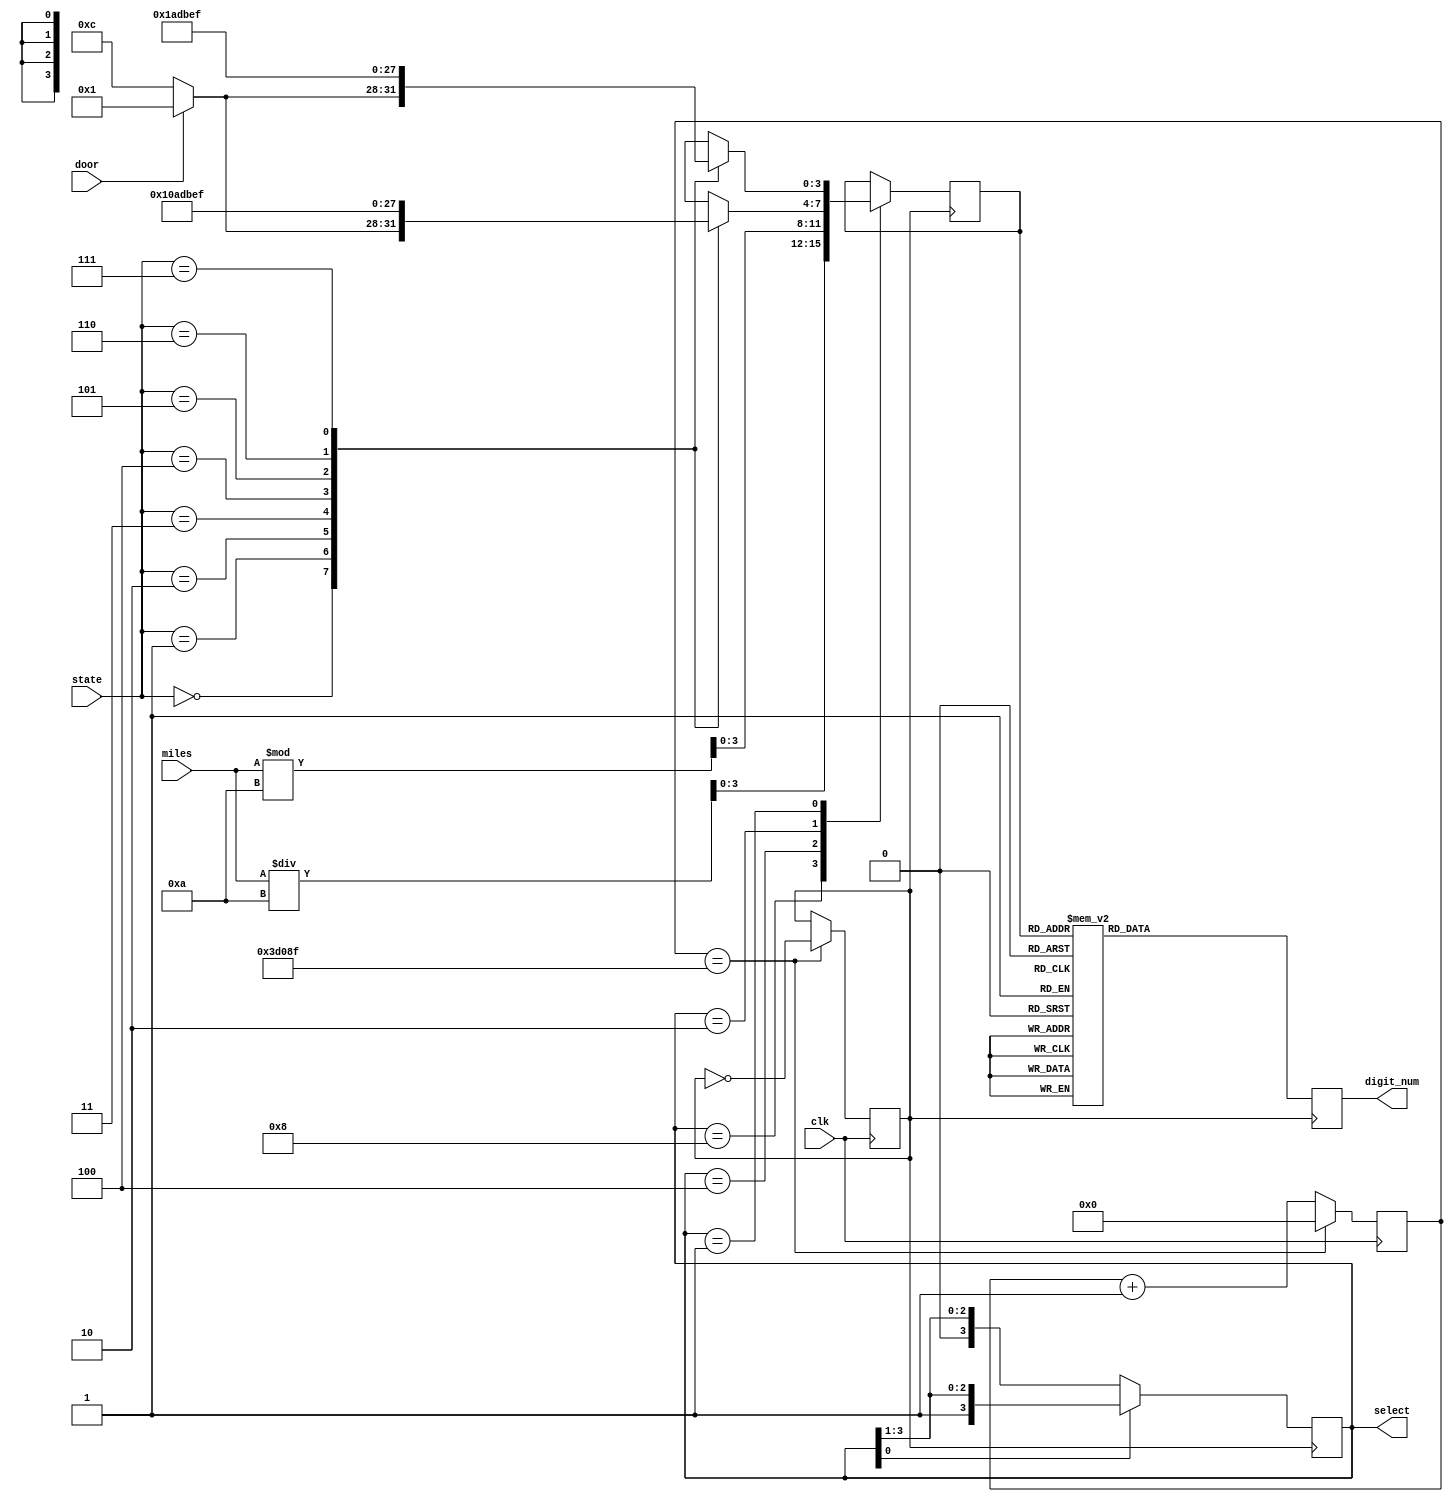
`timescale 1ns / 1ps
//////////////////////////////////////////////////////////////////////////////////
// Company: 
// Engineer: 
// 
// Design Name: 
// Module Name: counter
// Project Name: 
// Target Devices: 
// Tool Versions: 
// Description: 
// 
// Dependencies: 
// 
// Revision:
// Revision 0.01 - File Created
// Additional Comments:
// 
//////////////////////////////////////////////////////////////////////////////////


module counter(
    input [3:0] miles, /**/
    input [2:0] state,
    input door,
    input clk,
    output reg [3:0] select, /*  */
    output reg [7:0] digit_num
    );
    reg [24:0] times;
    reg clk_div;
    reg [3:0] num;
initial begin
times <= 'd0;
select <= 'b1000;
clk_div <= 'b0;
num <= 'b0000;
digit_num <= 'b01111110;
end

always @(posedge clk) begin
    if (times == 'd249999) begin 
        clk_div = !clk_div;
        times <= 0;
    end
    else begin
        times <= times + 1;
    end
end

always @(posedge clk_div) begin
    if (select[0] == 'b1) begin
        select <= {select[0], select[3:1]};
    end
    else begin
        select <= select >> 1'b1; 
    end
end

always @(posedge clk_div) begin
    case (select)
        'b1000: num <= miles / 'd10;
        'b0100: num <= miles % 'd10;
        'b0010: begin
            case (state)
                'b000: begin 
                    if (door == 'b1) num <= 'b0001; 
                    else num <= 'b1100;
                end /**/
                'b001: begin num <= 'b0001; end /**/
                'b010: begin num <= 'b0000; end /**/
                'b011: begin num <= 'b1010; end /**/
                
                'b100: begin num <= 'b1101; end /**/
                'b101: begin num <= 'b1011; end /**/
                'b110: begin num <= 'b1110; end /**/
                'b111: begin num <= 'b1111; end /**/    
            endcase
        end
        'b0001:begin
            case (state)
                'b000: begin 
                    if (door == 'b1) num <= 'b0001; 
                    else num <= 'b1100;
                end /**/
                'b001: begin num <= 'b0000; end /**/
                'b010: begin num <= 'b0001; end /**/
                'b011: begin num <= 'b1010; end /**/
                
                'b100: begin num <= 'b1101; end /**/
                'b101: begin num <= 'b1011; end /**/
                'b110: begin num <= 'b1110; end /**/
                'b111: begin num <= 'b1111; end /**/    
            endcase
         end
    endcase
    case (num)
        'b0000: digit_num <= 'b01111110;
        'b0001: digit_num <= 'b00001100;
        'b0010: digit_num <= 'b10110110;
        'b0011: digit_num <= 'b10011110;
        'b0100: digit_num <= 'b11001100;
        'b0101: digit_num <= 'b11011010;
        'b0110: digit_num <= 'b11111010;
        'b0111: digit_num <= 'b00001110;
        'b1000: digit_num <= 'b11111110;
        'b1001: digit_num <= 'b11011110;
        
        'b1010: digit_num <= 'b11100110; /*P*/
        'b1011: digit_num <= 'b01110010; /*C*/
        'b1100: digit_num <= 'b11110010; /*E*/
        'b1101: digit_num <= 'b11101110; /*A*/
        'b1110: digit_num <= 'b11101100; /*H*/
        'b1111: digit_num <= 'b01110000; /*L*/
        default digit_num <= 'b01111110; 
     endcase
end
endmodule